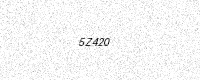
Text: 5Z420